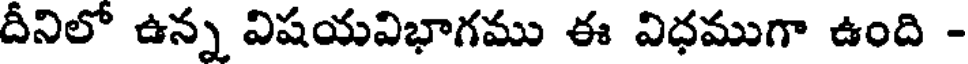
దీనిలో ఉన్న విషయవిభాగము ఈ విధముగా ఉంది -